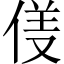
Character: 𱎹